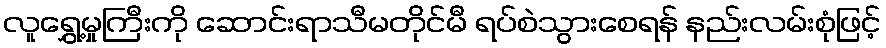
လူရွှေ့မှုကြီးကို ဆောင်းရာသီမတိုင်မီ ရပ်စဲသွားစေရန် နည်းလမ်းစုံဖြင့်